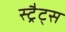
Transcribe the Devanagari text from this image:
स्ट्रैट्‍स